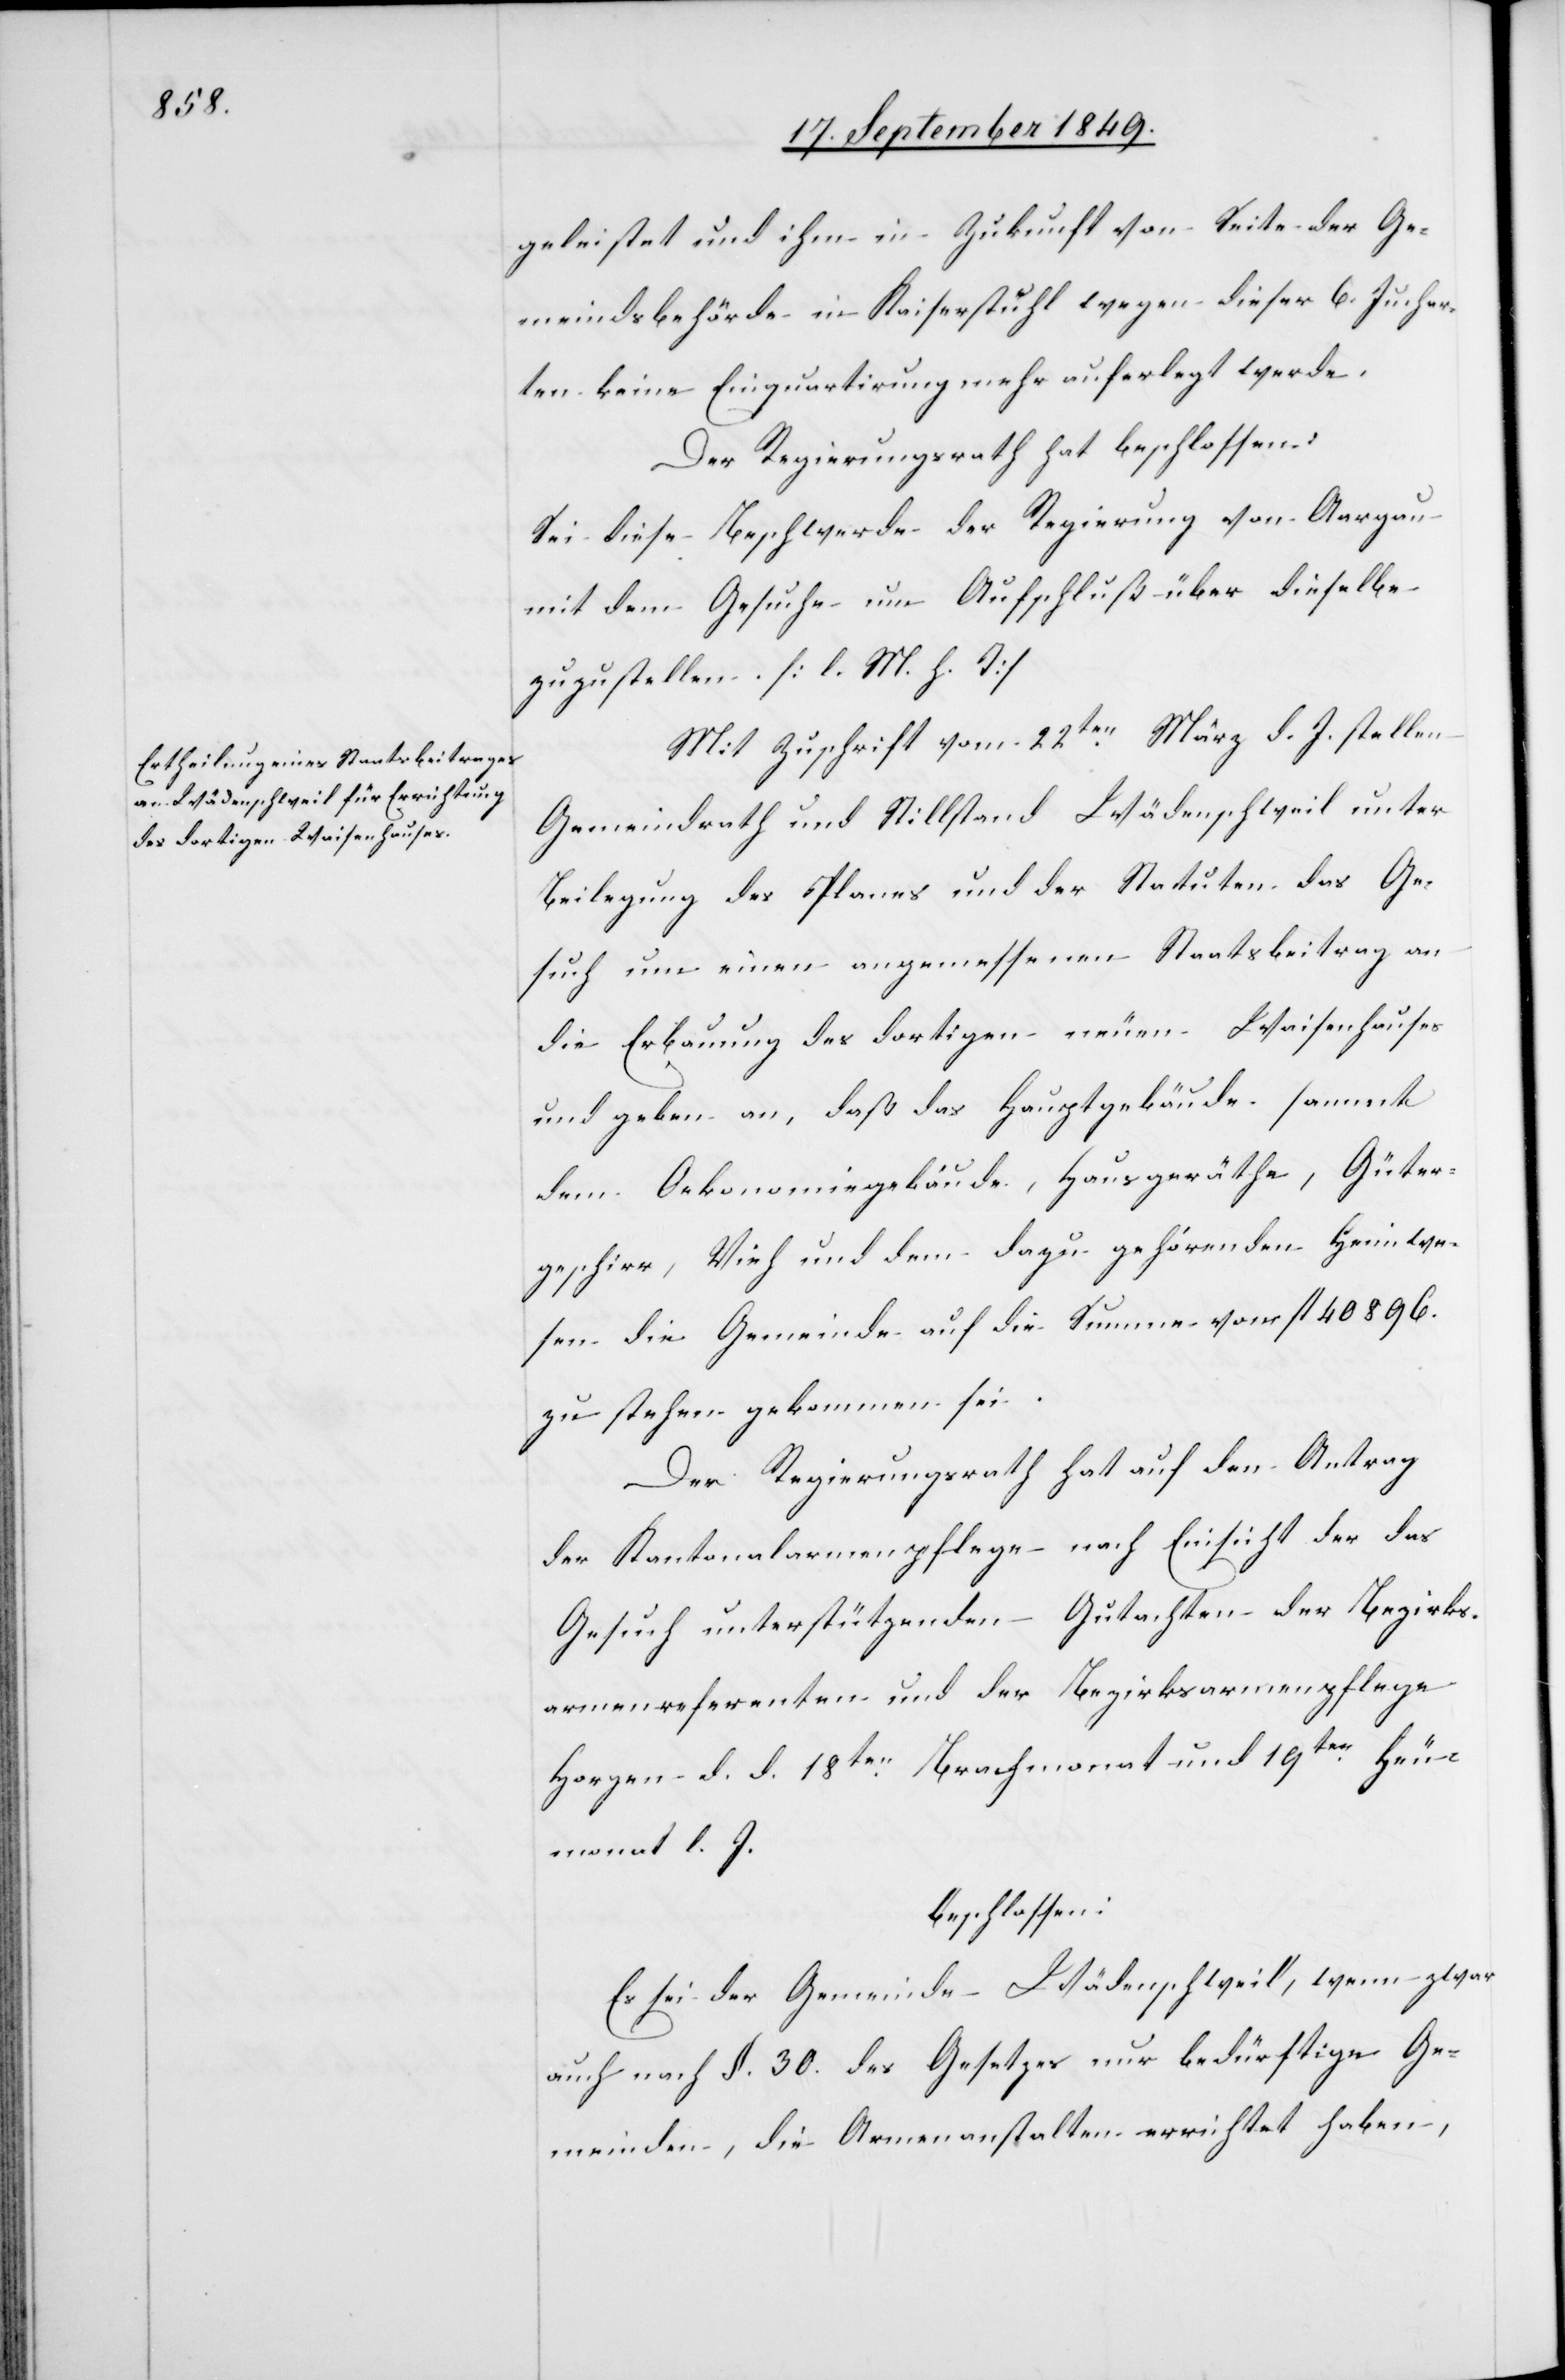
geleistet und ihm in Zukunft von Seite der Ge¬
meindsbehörde in Kaiserstuhl wegen dieser 6. Juchar¬
ten keine Einquartirung mehr auferlegt werde.
Der Regierungsrath hat beschlossen:
Sei diese Beschwerde der Regierung von Aargau
mit dem Gesuche um Aufschluß über dieselbe
zuzustellen. [l. M. h. T]
Mit Zuschrift vom 22ten März d. J. stellen
Gemeindrath und Stillstand Wädenschweil unter
Beilegung des Planes und der Statuten das Ge¬
such um einen angemessenen Staatsbeitrag an
die Erbauung des dortigen neuen Waisenhauses
und geben an, daß das Hauptgebäude sammt
dem Oekonomiegebäude, Hausgeräthe, Güter¬
geschirr, Vieh und dem dazu gehörenden Heimwe¬
sen die Gemeinde auf die Summe von fl. 40 896.
zu stehen gekommen sei.
Der Regierungsrath hat auf den Antrag
der Kantonalarmenpflege nach Einsicht der das
Gesuch unterstützenden Gutachten der Bezirks¬
armenreferenten und der Bezirksarmenpflege
Horgen d. d. 18ten Brachmonat und 19ten Heu¬
monat l. J.
beschlossen:
Es sei der Gemeinde Wädenschweil, wenn zwar
auch nach §. 30. des Gesetzes nur bedürftige Ge¬
meinden, die Armenanstalten errichtet haben,